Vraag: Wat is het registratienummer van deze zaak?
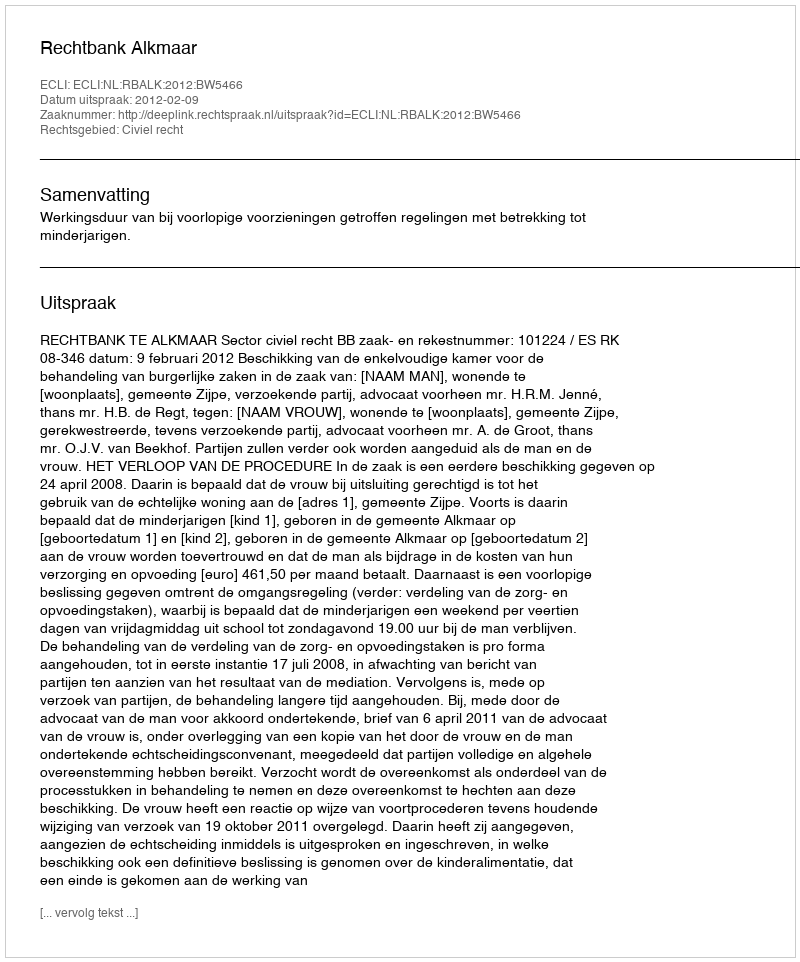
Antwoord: http://deeplink.rechtspraak.nl/uitspraak?id=ECLI:NL:RBALK:2012:BW5466